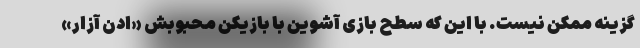
گزینه ممکن نیست. با این که سطح بازی آشوین با بازیکن محبوبش «ادن آزار»